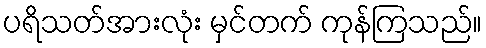
ပရိသတ်အားလုံး မှင်တက် ကုန်ကြသည်။